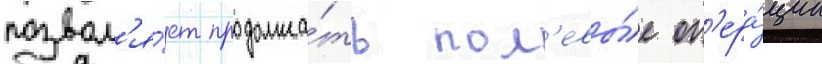
позвол'я́ет продолжа́ть пол'евы́е оп'ера́ции